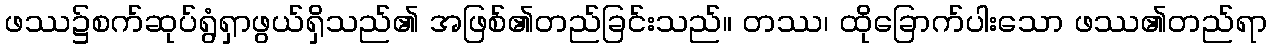
ဖဿ၌စက်ဆုပ်ရွံရှာဖွယ်ရှိသည်၏ အဖြစ်၏တည်ခြင်းသည်။ တဿ၊ ထိုခြောက်ပါးသော ဖဿ၏တည်ရာ